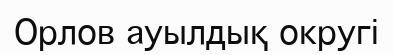
Орлов ауылдық округі